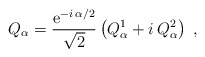
\begin{align*}Q_\alpha=\frac{{\rm e}^{-i\,\alpha/2}}{\sqrt{2}}\left(Q^1_\alpha + i\,Q^2_\alpha\right)\;,\end{align*}